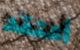
أعتقد